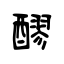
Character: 醪